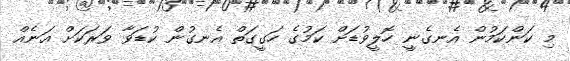
މި ކަންކަމުން އެނގެނީ ހޮލީވުޑަށް ކަމުގެ ހަގީގަތް އެނގުން ކުޑަވާ ވަރަކަށް އަނެއް